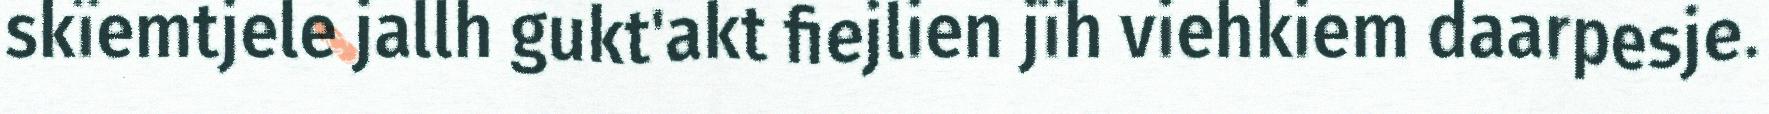
skïemtjele jallh gukt'akt fiejlien jïh viehkiem daarpesje.